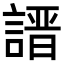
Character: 𧪽